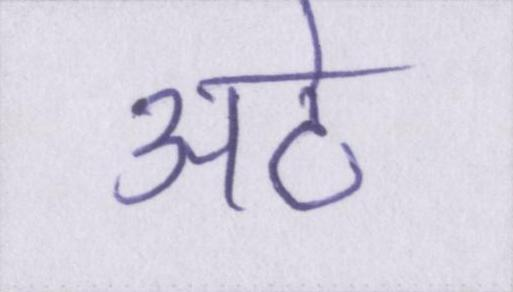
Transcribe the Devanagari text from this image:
अटे